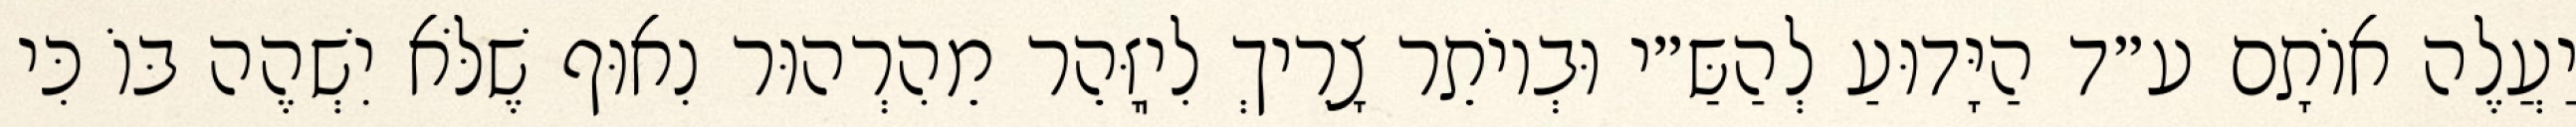
יַעֲלֶה אוֹתָם ע״ד הַיָּדוּעַ לְהַשַּ״י וּבְיוֹתֵר צָרִיךְ לִיֽזָּהֵר מֵהִרְהוּר נִאוּף שֶׁלֹּא יִשְׁהֶה בּוֹ כִּי